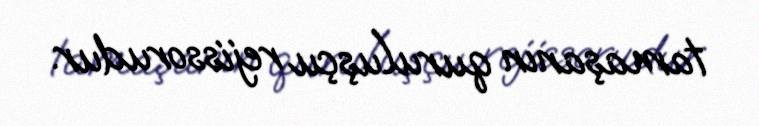
tamaşanın quruluşçu rejissorudur.